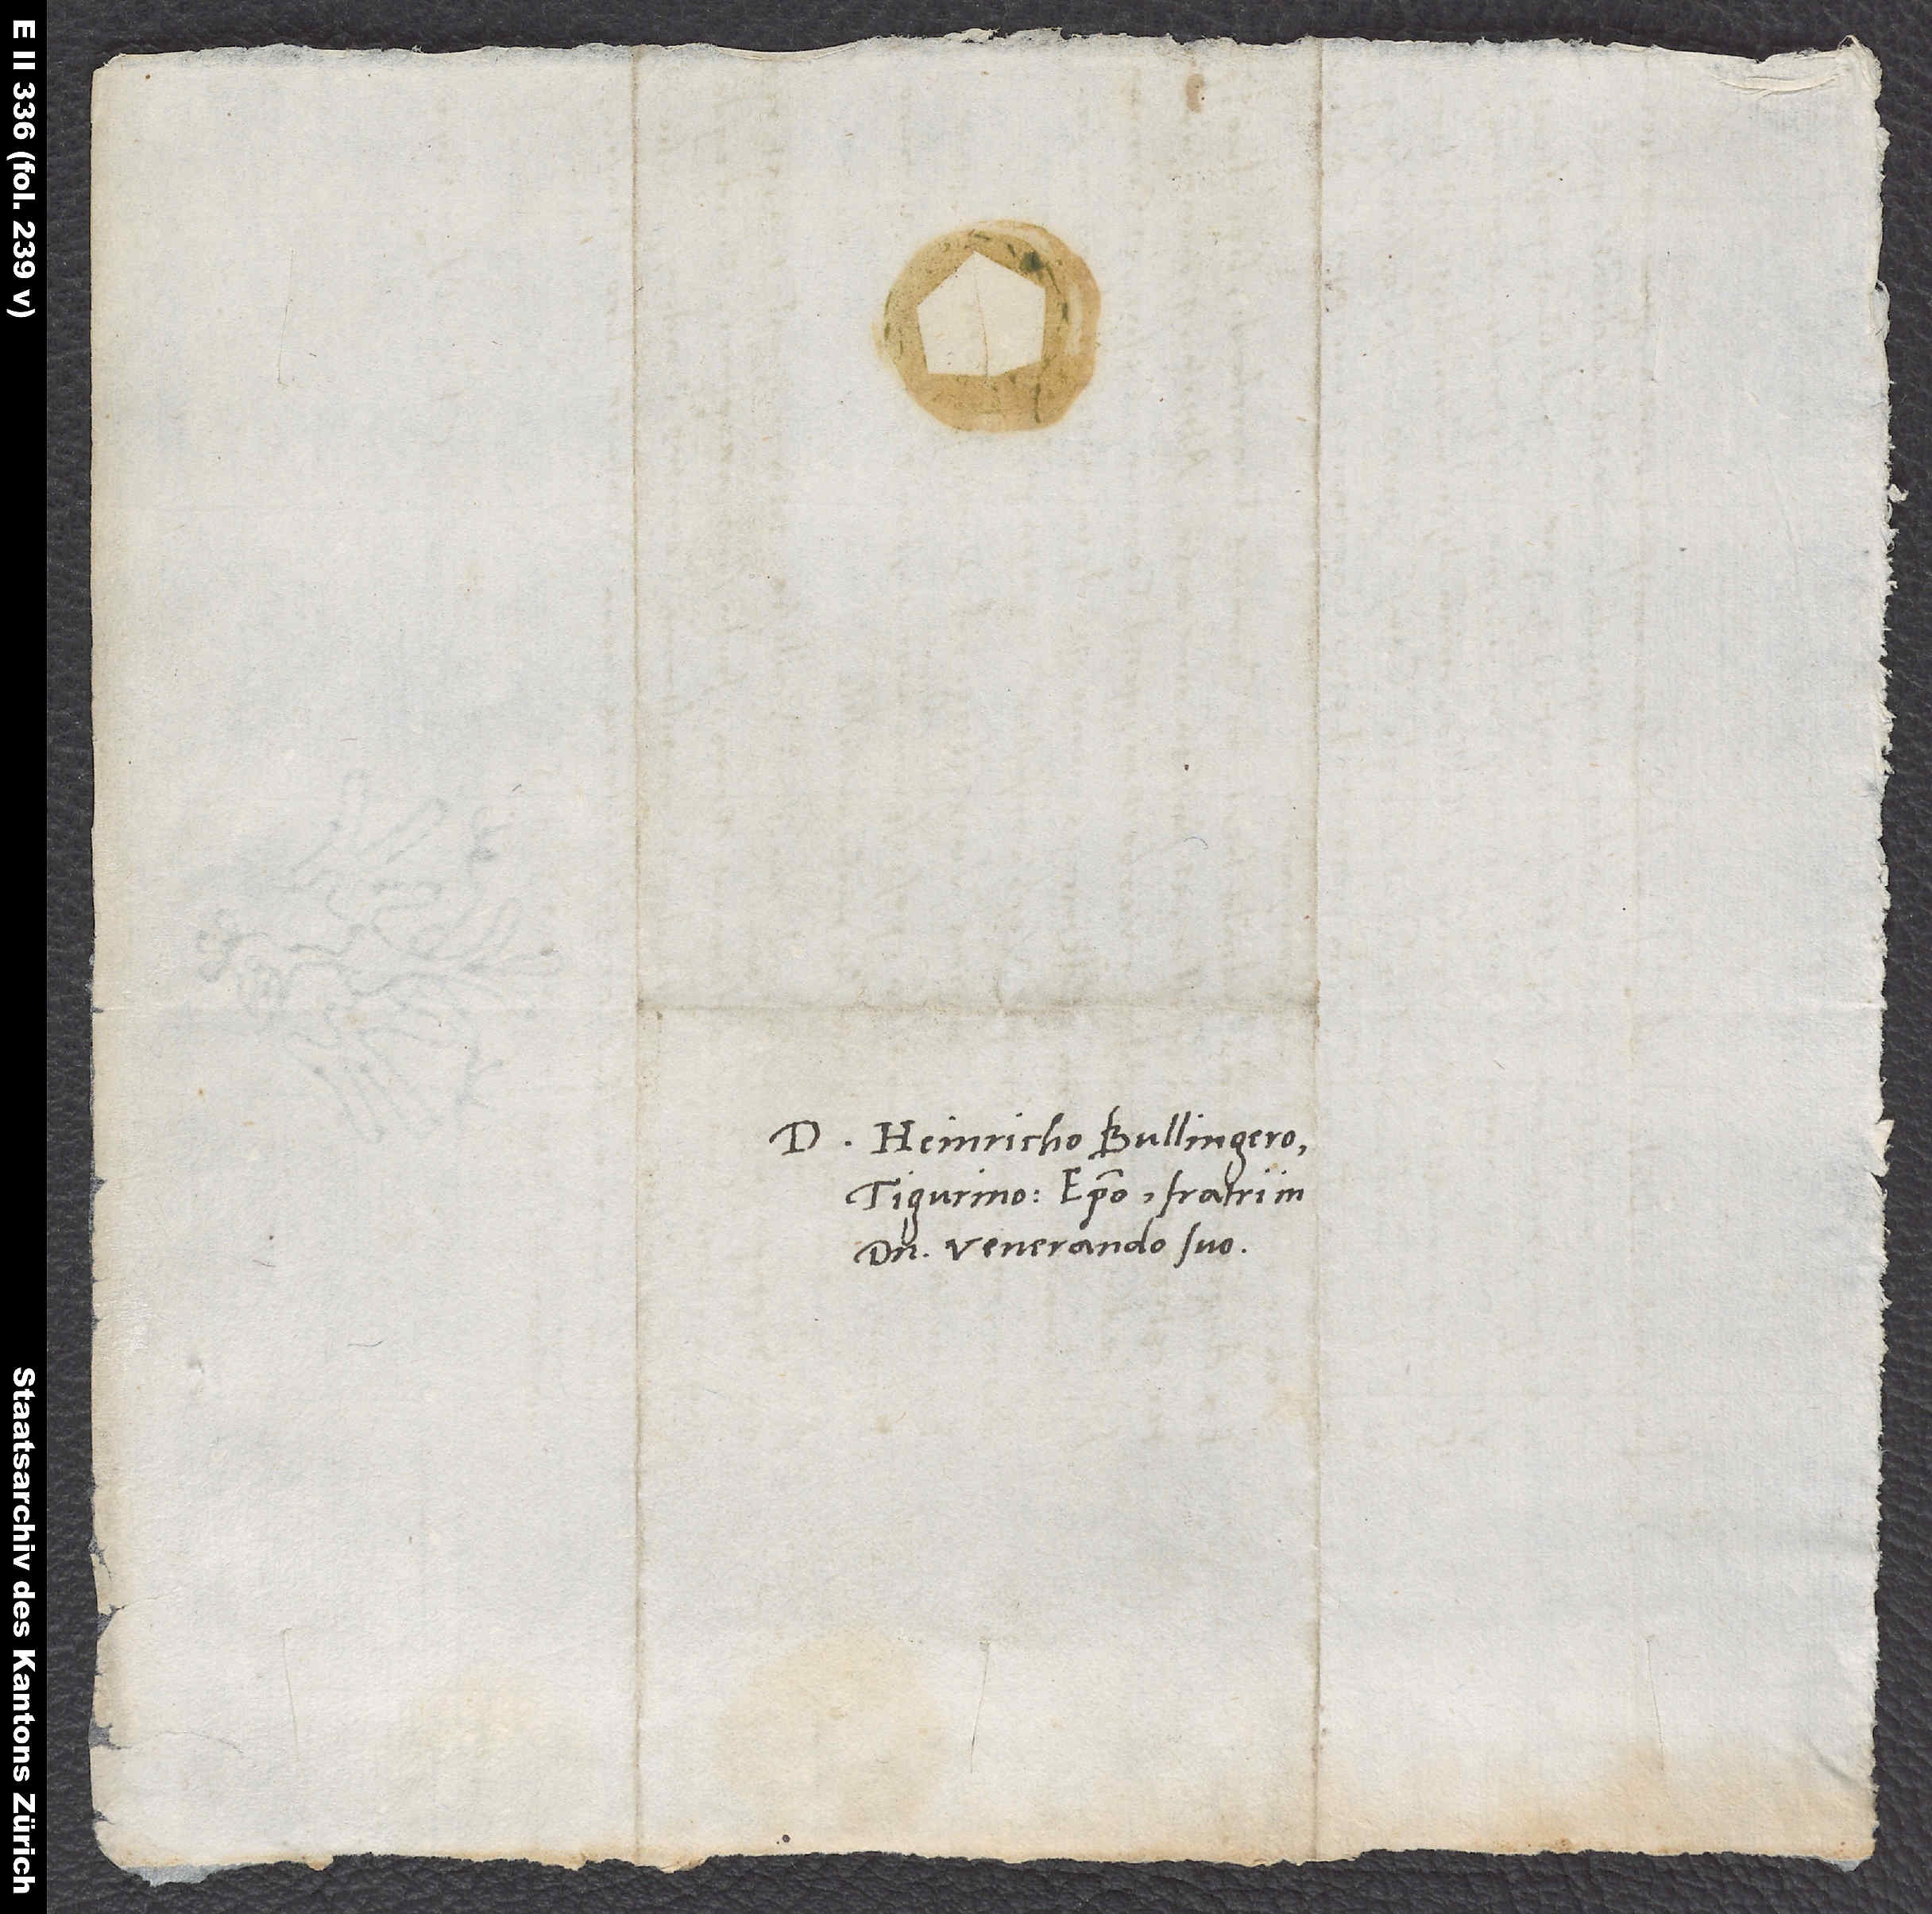
D. Heinricho Bullingero,
Tigurino episcopo, fratri in
domino venerando suo.